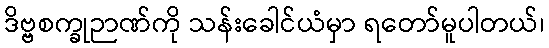
ဒိဗ္ဗစက္ခုဉာဏ်ကို သန်းခေါင်ယံမှာ ရတော်မူပါတယ်၊